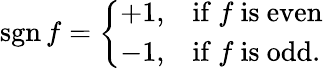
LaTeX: \operatorname{sgn}f={\left\{ \begin{array}{ll}{+1,}&{{\mathrm{if~}}f{\mathrm{~is~even}}}\\ {-1,}&{{\mathrm{if~}}f{\mathrm{~is~odd}}.}\end{array}\right.}